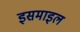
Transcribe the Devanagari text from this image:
इसमाइल